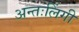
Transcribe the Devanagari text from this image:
अन्तःलिंगी